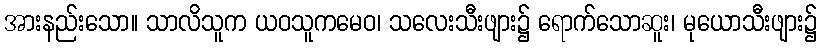
အားနည်းသော။ သာလိသူက ယဝသူကမေဝ၊ သလေးသီးဖျား၌ ရောက်သောဆူး၊ မုယောသီးဖျား၌